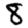
Digit: 8